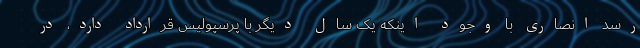
رسد انصاری با وجود اینکه یک سال دیگر با پرسپولیس قرارداد دارد، در